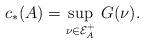
LaTeX: \begin{align*}c_*(A)=\sup_{\nu\in\mathcal E^+_A}\,G(\nu).\end{align*}